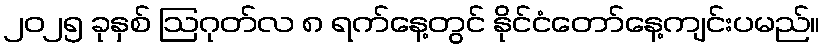
၂၀၂၅ ခုနှစ် ဩဂုတ်လ ၈ ရက်နေ့တွင် နိုင်ငံတော်နေ့ကျင်းပမည်။